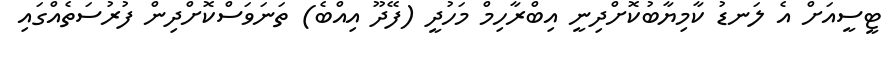
ޓީސީއަށް އެ ލަނޑު ކާމިޔާބުކޮށްދިނީ އިބްރާހިމް މަހުދީ (ފޭދޫ އިއްބެ) ތަނަވަސްކޮށްދިން ފުރުސަތެއްގައި